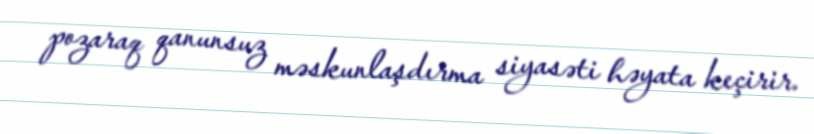
pozaraq qanunsuz məskunlaşdırma siyasəti həyata keçirir.